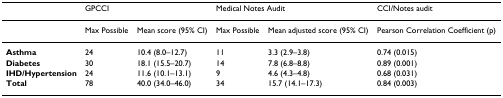
|  | <COLSPAN=2> GPCCI | <COLSPAN=2> Medical Notes Audit | CCI/Notes audit |
 | --- | --- | --- | --- | --- | --- |
 |  | Max Possible | Mean score (95% CI) | Max Possible | Mean adjusted score (95% CI) | Pearson Correlation Coefficient (p) |
 | Asthma | 24 | 10.4 (8.0–12.7) | 11 | 3.3 (2.9–3.8) | 0.74 (0.015) |
 | Diabetes | 30 | 18.1 (15.5–20.7) | 14 | 7.8 (6.8–8.8) | 0.89 (0.001) |
 | IHD/Hypertension | 24 | 11.6 (10.1–13.1) | 9 | 4.6 (4.3–4.8) | 0.68 (0.031) |
 | Total | 78 | 40.0 (34.0–46.0) | 34 | 15.7 (14.1–17.3) | 0.84 (0.003) |